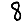
Digit: 8